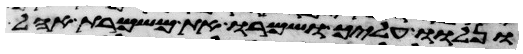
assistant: ונלוו עליך ושמרו את משמרת אהל